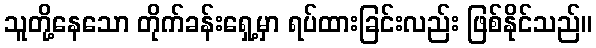
သူတို့နေသော တိုက်ခန်းရှေ့မှာ ရပ်ထားခြင်းလည်း ဖြစ်နိုင်သည်။